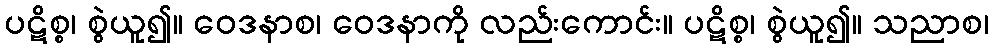
ပဋိစ္စ၊ စွဲယူ၍။ ဝေဒနာစ၊ ဝေဒနာကို လည်းကောင်း။ ပဋိစ္စ၊ စွဲယူ၍။ သညာစ၊